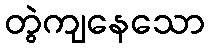
တွဲကျနေသော